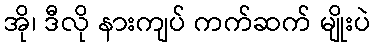
အို၊ ဒီလို နားကျပ် ကက်ဆက် မျိုးပဲ